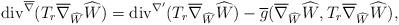
LaTeX: \begin{align*} \mathrm{div}^{\overline{\nabla}}(T_{r}\overline{\nabla}_{\widehat{W}}\widehat{W})=\mathrm{div}^{\nabla'}(T_{r}\overline{\nabla}_{\widehat{W}}\widehat{W})-\overline{g}(\overline{\nabla}_{\widehat{W}}\widehat{W},T_{r}\overline{\nabla}_{\widehat{W}}\widehat{W}), \end{align*}